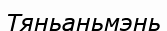
Тяньаньмэнь